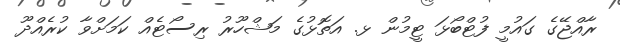
ރާއްޖޭގެ ގައުމީ ފުޓްބޯޅަ ޓީމުން ޅ. އަތޮޅުގެ މަޝްހޫރު ރިސޯޓެއް ކަމަށްވާ ކުރެއްދޫ